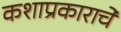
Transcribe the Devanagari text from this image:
कशाप्रकाराचे